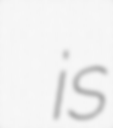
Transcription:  is